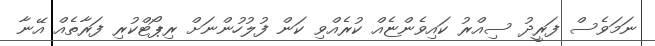
ނަމަވެސް ފަރީދު ސިއްރު ކައިވެންޏެއް ކުރެއްވި ކަން ފުލުހުންނަށް ރިޕޯޓްކުރި ފަރާތެއް އޭނާ